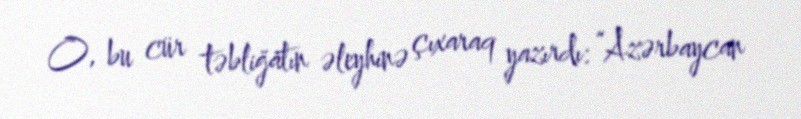
O, bu cür təbliğatın əleyhinə çıxaraq yazırdı: “Azərbaycan